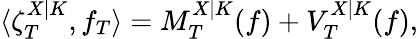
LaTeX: \langle\zeta_{T}^{X|K},f_{T}\rangle=M_{T}^{X|K}(f)+V_{T}^{X|K}(f),